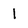
Character: 1